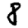
Digit: 8